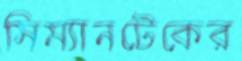
সিম্যানটেকের